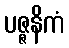
ပဇ္ဇနိကံ